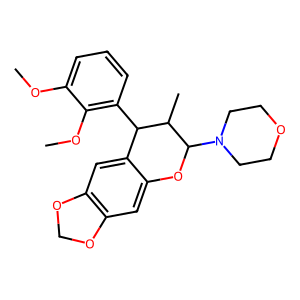
SMILES: COc1cccc(C2c3cc4c(cc3OC(N3CCOCC3)C2C)OCO4)c1OC
Inhibits HIV replication: No